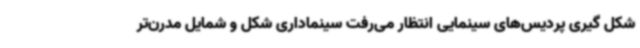
شکل گیری پردیس‌های سینمایی انتظار می‌رفت سینماداری شکل و شمایل مدرن‌تر